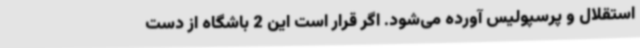
استقلال و پرسپولیس آورده می‌شود. اگر قرار است این 2 باشگاه از دست